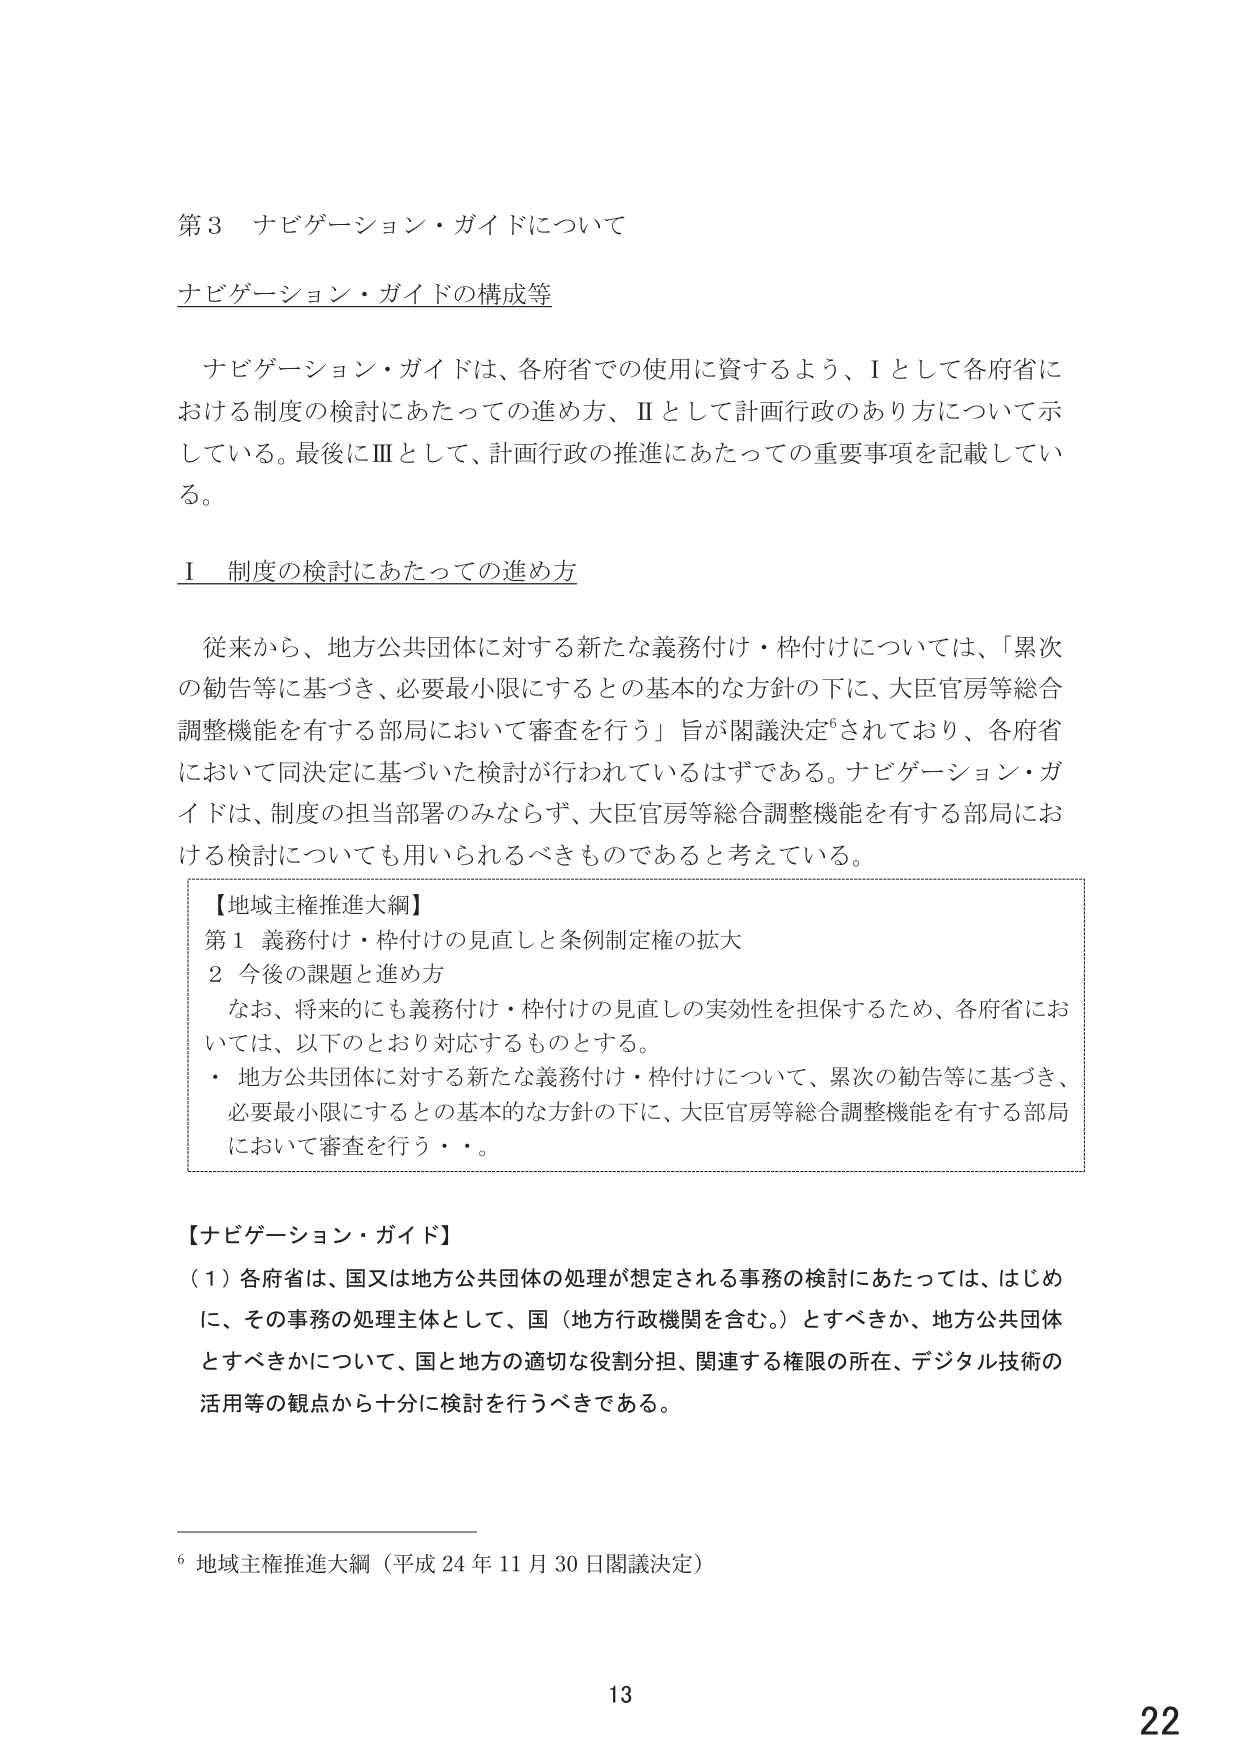
第3 ナビゲーション・ガイドについて

ナビゲーション・ガイドの構成等

ナビゲーション・ガイドは、各府省での使用に資するよう、Ⅰとして各府省における制度の検討にあたっての進め方、Ⅱとして計画行政のあり方について示している。最後にⅢとして、計画行政の推進にあたっての重要事項を記載している。

Ⅰ 制度の検討にあたっての進め方

従来から、地方公共団体に対する新たな義務付け・枠付けについては、「累次の勧告等に基づき、必要最小限にするとの基本的な方針の下に、大臣官房等総合調整機能を有する部局において審査を行う」旨が閣議決定⁶されており、各府省において同決定に基づいた検討が行われているはずである。ナビゲーション・ガイドは、制度の担当部署のみならず、大臣官房等総合調整機能を有する部局における検討についても用いられるべきものであると考えている。

【地域主権推進大綱】
第1 義務付け・枠付けの見直しと条例制定権の拡大
2 今後の課題と進め方
　なお、将来的にも義務付け・枠付けの見直しの実効性を担保するため、各府省においては、以下のとおり対応するものとする。
　・ 地方公共団体に対する新たな義務付け・枠付けについて、累次の勧告等に基づき、必要最小限にするとの基本的な方針の下に、大臣官房等総合調整機能を有する部局において審査を行う・・・。

【ナビゲーション・ガイド】
（1）各府省は、国又は地方公共団体の処理が想定される事務の検討にあたっては、はじめに、その事務の処理主体として、国（地方行政機関を含む。）とすべきか、地方公共団体とすべきかについて、国と地方の適切な役割分担、関連する権限の所在、デジタル技術の活用等の観点から十分に検討を行うべきである。

⁶ 地域主権推進大綱（平成24年11月30日閣議決定）

13
22